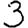
Digit: 3